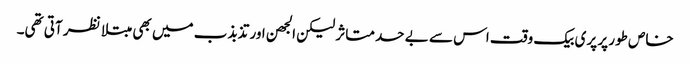
خاص طور پر پری بیک وقت اس سے بے حد متاثر لیکن الجھن اور تذبذب میں بھی مبتلا نظر آتی تھی۔